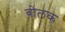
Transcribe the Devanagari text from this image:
बोलक्